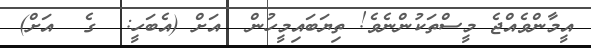
އީމާންވެއްޖެ މީސްތަކުންނެވެ! ތިޔަބައިމީހުން  އަށް (އެބަހީ:  ގެ  އަށް)